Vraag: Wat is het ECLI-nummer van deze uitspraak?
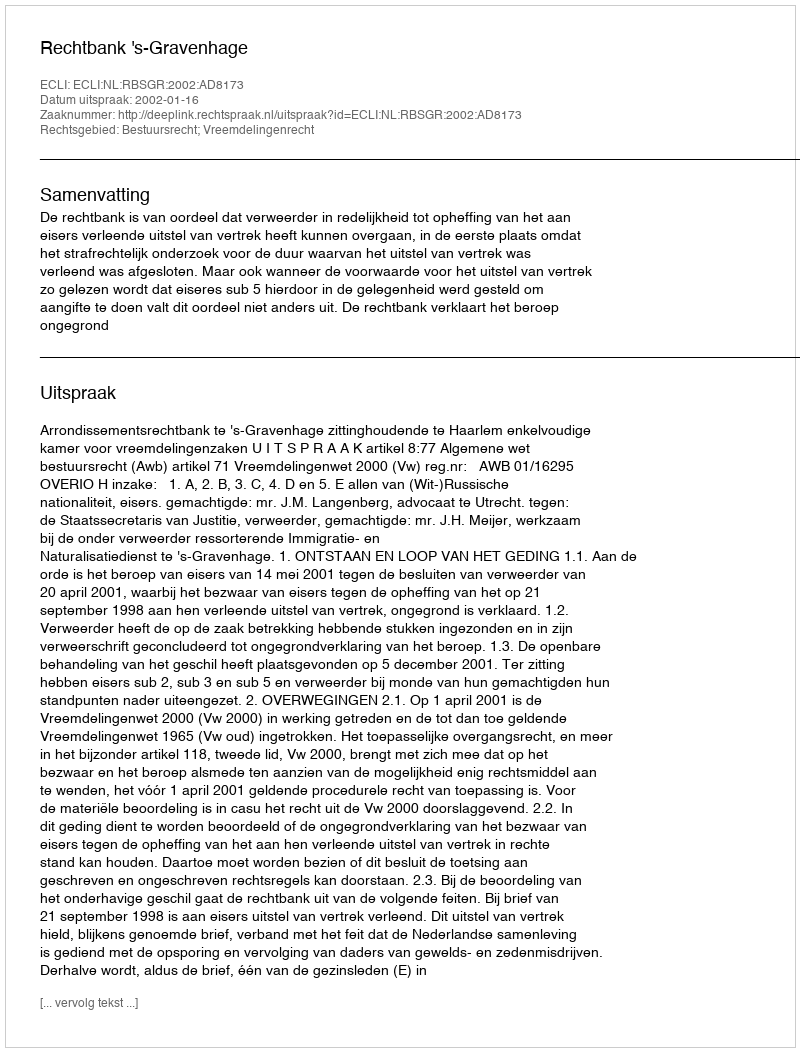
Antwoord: ECLI:NL:RBSGR:2002:AD8173